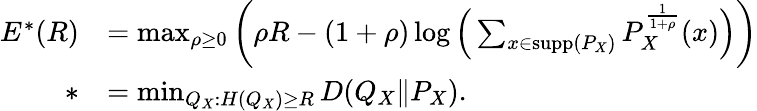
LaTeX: \begin{array}{rl}{E^{*}(R)}&{=\operatorname*{max}_{\rho\geq 0}\bigg(\rho R-(1+\rho)\log\Big(\sum_{x\in\mathrm{supp}(P_{X})}P_{X}^{\frac{1}{1+\rho}}(x)\Big)\bigg)}\\ {*}&{=\operatorname*{min}_{Q_{X}:H(Q_{X})\geq R}D(Q_{X}\| P_{X}).}\end{array}